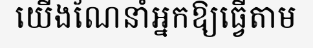
យើងណែនាំអ្នកឱ្យធ្វើតាម